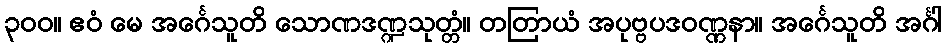
၃၀၀။ ဧဝံ မေ အင်္ဂေသူတိ သောဏဒဏ္ဍသုတ္တံ။ တတြာယံ အပုဗ္ဗပဒဝဏ္ဏနာ။ အင်္ဂေသူတိ အင်္ဂါ